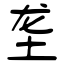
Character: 垄